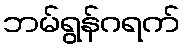
ဘမ်ရွန်ဂရက်